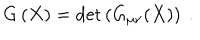
LaTeX: G \left( X \right) = \det \left( G _ { \mu \nu } ( X ) \right) \ .